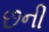
છની